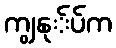
ကျွနု်ပ်က